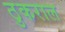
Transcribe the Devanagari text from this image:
ठुकराल